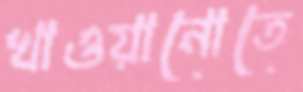
খাওয়ানোতে